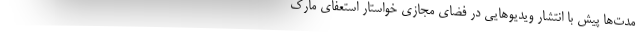
مدت‌ها پیش با انتشار ویدیوهایی در فضای مجازی خواستار استعفای مارک